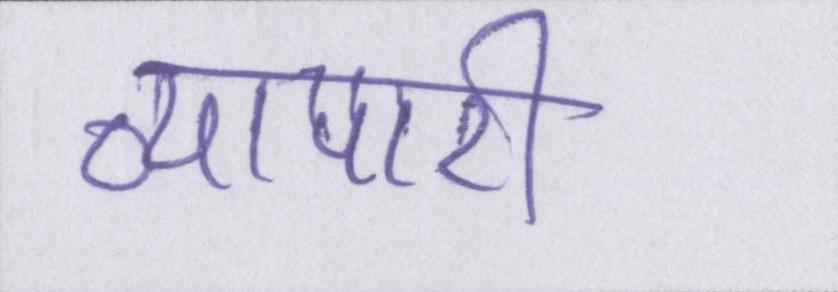
व्यापारी